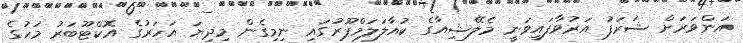
އަންވަރަށް ޝަރަފު އަރުވާފައިވަނީ މެލޭޝިއާގެ ކުއާލަލަމްޕޫރުގައި ނިމިގެން މިދިޔަ އަހަރުގެ އޮކްޓޫބަރު މަހުގެ